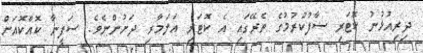
ދިރިއުޅުނު ކޮޓަރި ސާފުކުރުމުގެ ތެރޭގައި އެ ކޮޓަރި އަލަމާރި ދަށުންނެވެ. ސަފީނާ ކޮއްކޮއަށް